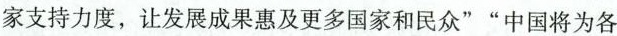
支持力度，让发展成果惠及更多国家和民众””中国将为各